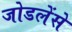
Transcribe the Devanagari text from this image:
जोडलेंसे